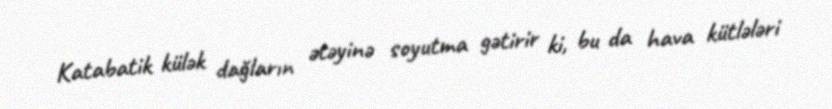
Katabatik külək dağların ətəyinə soyutma gətirir ki, bu da hava kütlələri